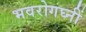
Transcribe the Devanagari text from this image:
भवरोगघ्नीं